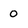
Character: 0